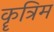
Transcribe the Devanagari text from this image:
कॄत्रिम